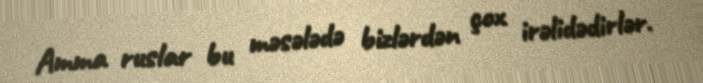
Amma ruslar bu məsələdə bizlərdən çox irəlidədirlər.